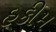
હકીમ